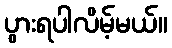
ပွားရပါလိမ့်မယ်။